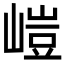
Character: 嵦